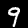
Digit: 9